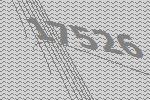
17526